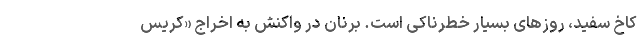
کاخ سفید، روزهای بسیار خطرناکی است. برنان در واکنش به اخراج «کریس